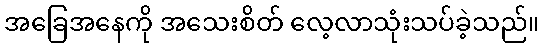
အခြေအနေကို အသေးစိတ် လေ့လာသုံးသပ်ခဲ့သည်။